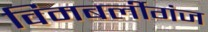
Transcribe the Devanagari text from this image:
विमबर्लीगंज